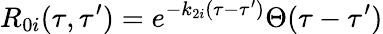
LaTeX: {}R_{0i}(\tau,\tau^{\prime})=e^{-k_{2i}(\tau-\tau^{\prime})}\Theta(\tau-\tau^{\prime})